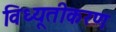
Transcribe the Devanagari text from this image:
विध्यूतीकरण